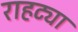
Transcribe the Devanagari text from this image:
राहट्या